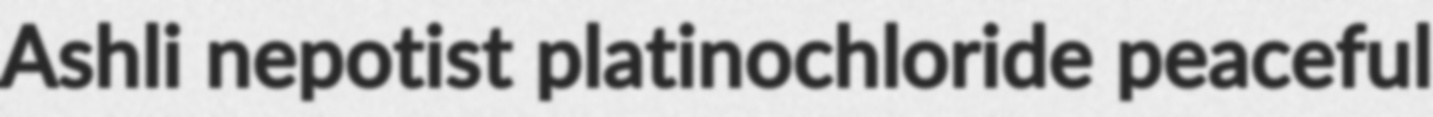
Ashli nepotist platinochloride peaceful